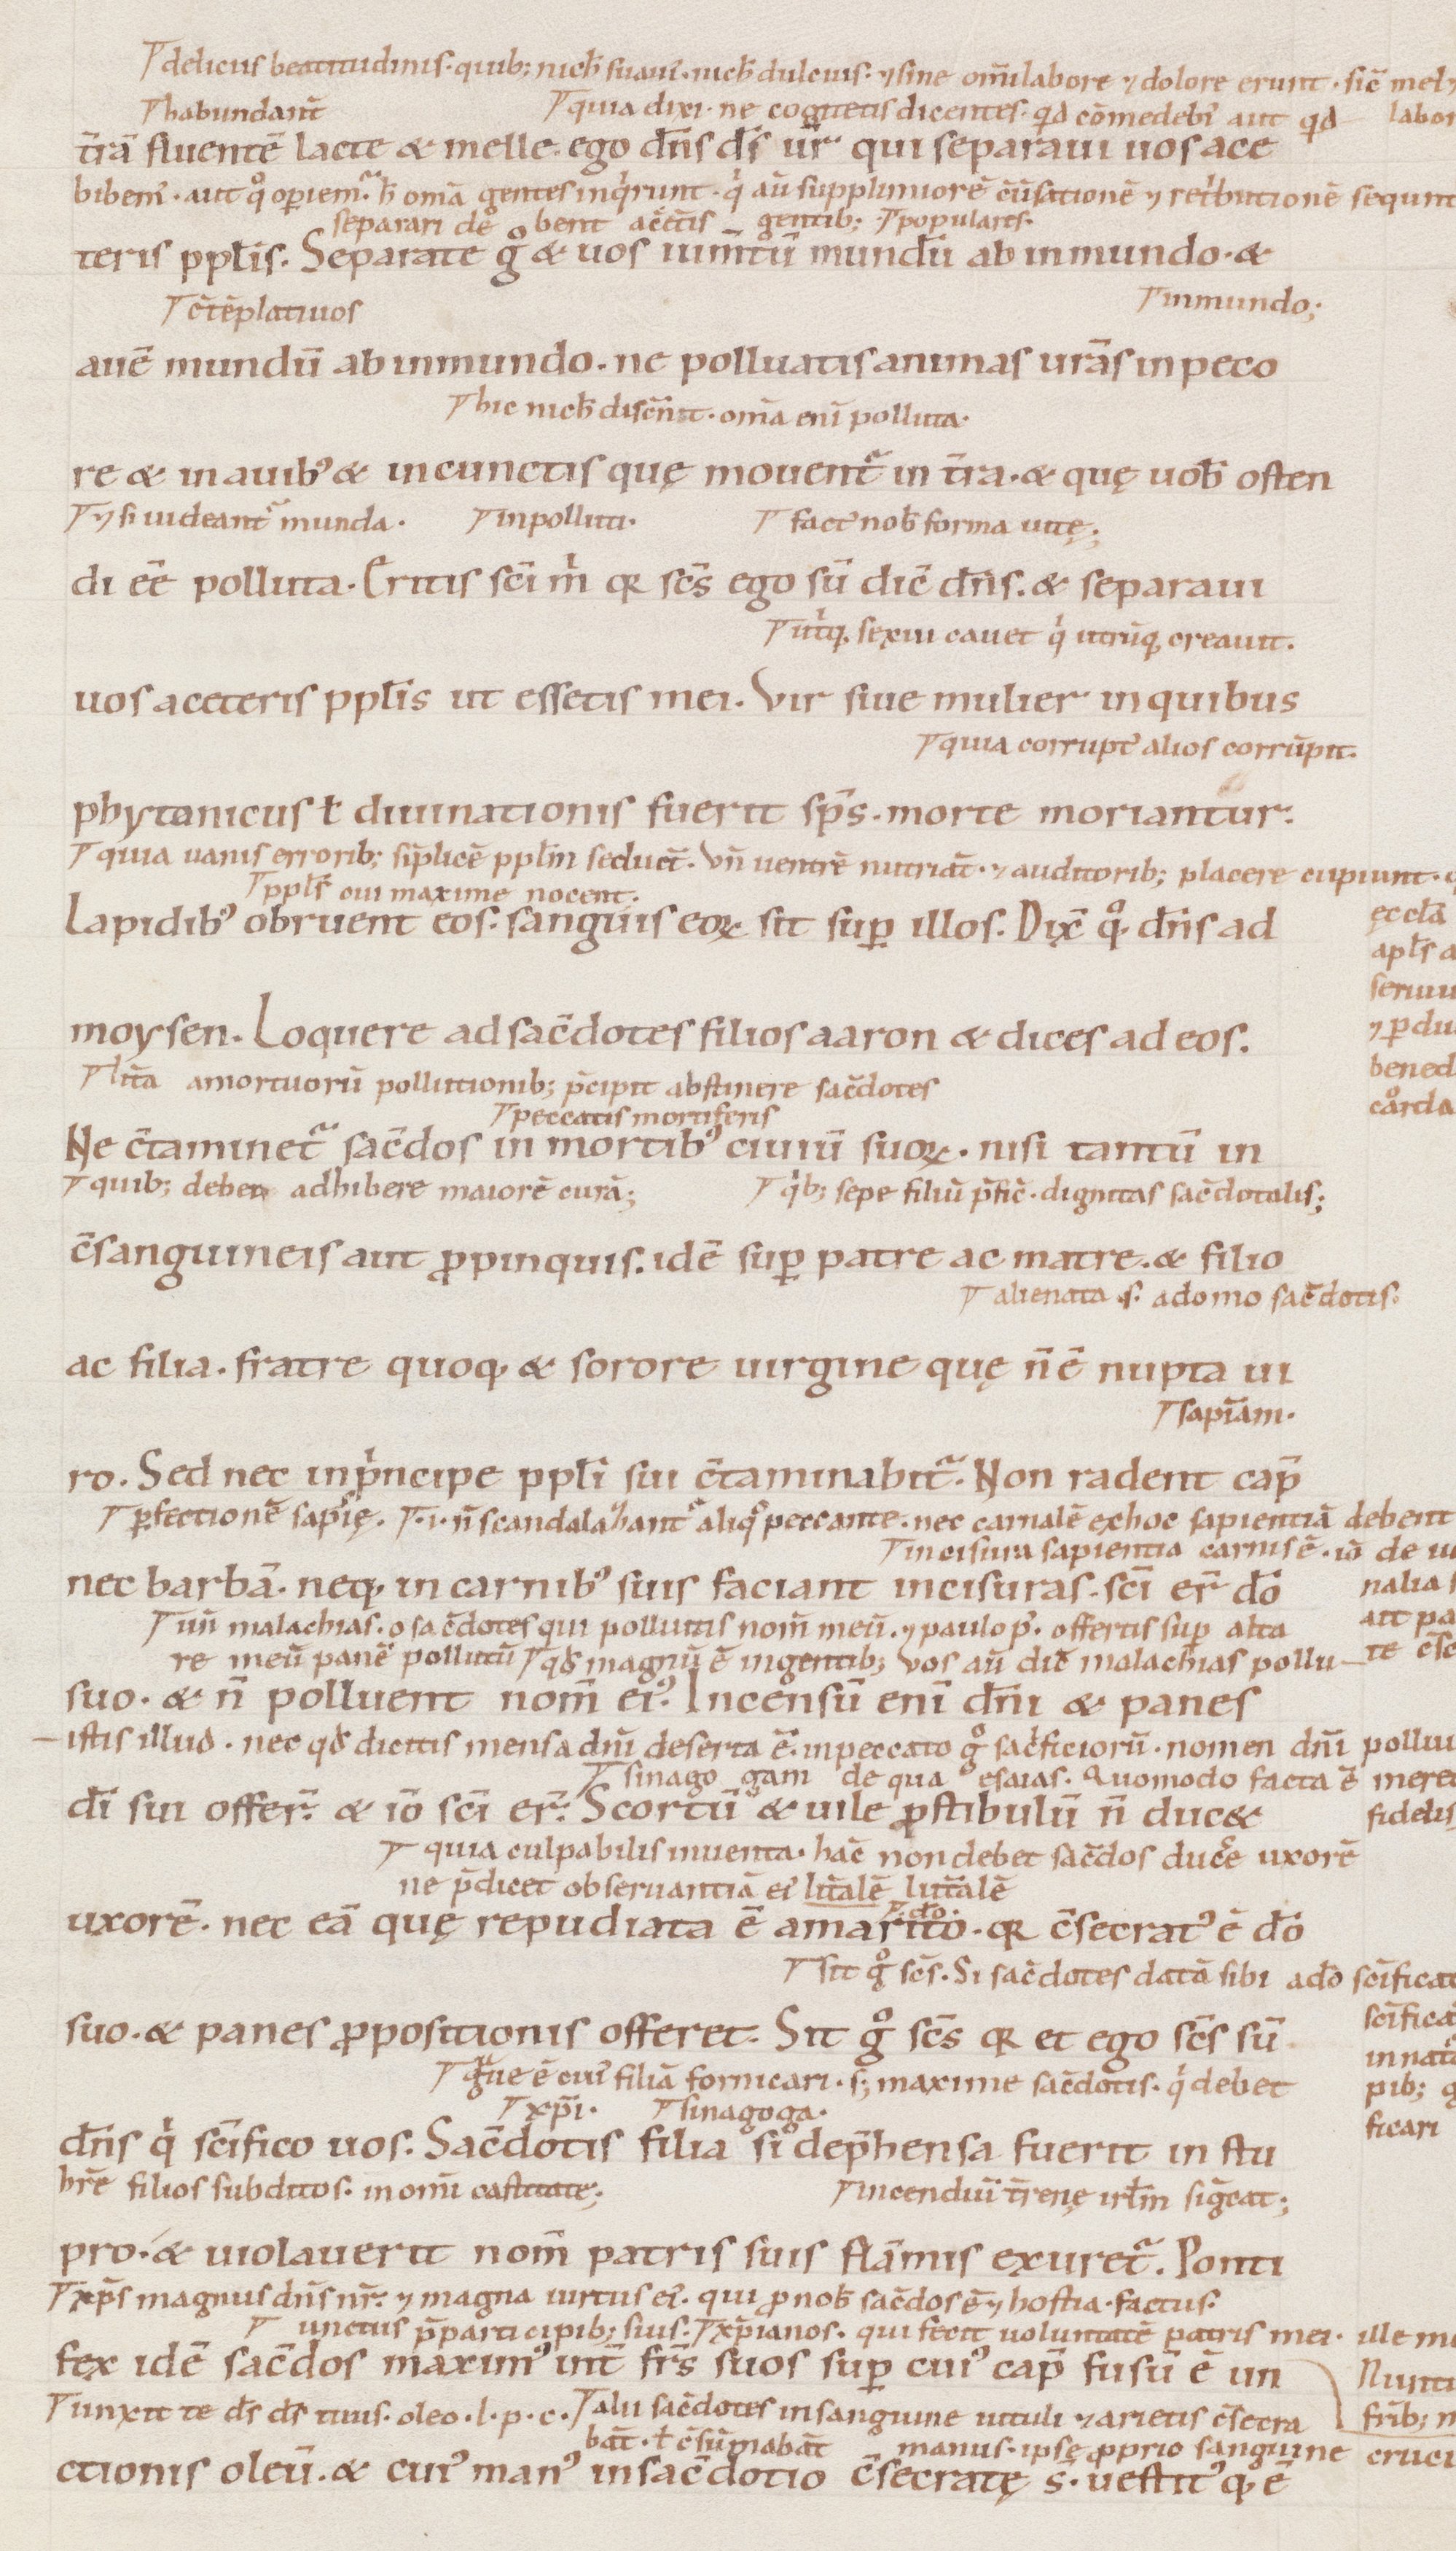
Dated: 1100–1199